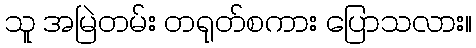
သူ အမြဲတမ်း တရုတ်စကား ပြောသလား။